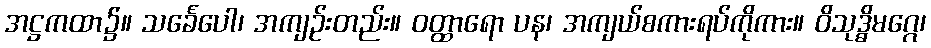
အဋ္ဌကထာ၌။ သင်္ခေပေါ၊ အကျဉ်းတည်း။ ဝတ္ထာရော ပန၊ အကျယ်စကားရပ်ကိုကား။ ဝိသုဒ္ဓိမဂ္ဂေ၊